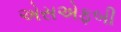
એસએફબી